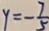
y = - \frac { 7 } { 5 }